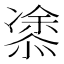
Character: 𭞢